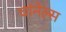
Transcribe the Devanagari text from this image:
चांनेल्स